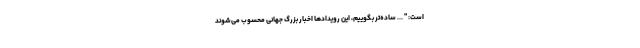
است: " ... ساده‌تر بگوییم، این رویدادها اخبار بزرگ جهانی محسوب می‌شوند